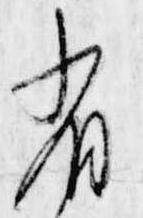
省